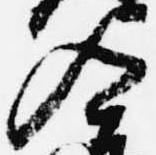
入